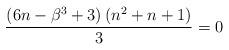
LaTeX: \begin{align*}\frac{\left(6n-\beta^{3}+3\right)\left(n^{2}+n+1\right)}{3}=0\end{align*}